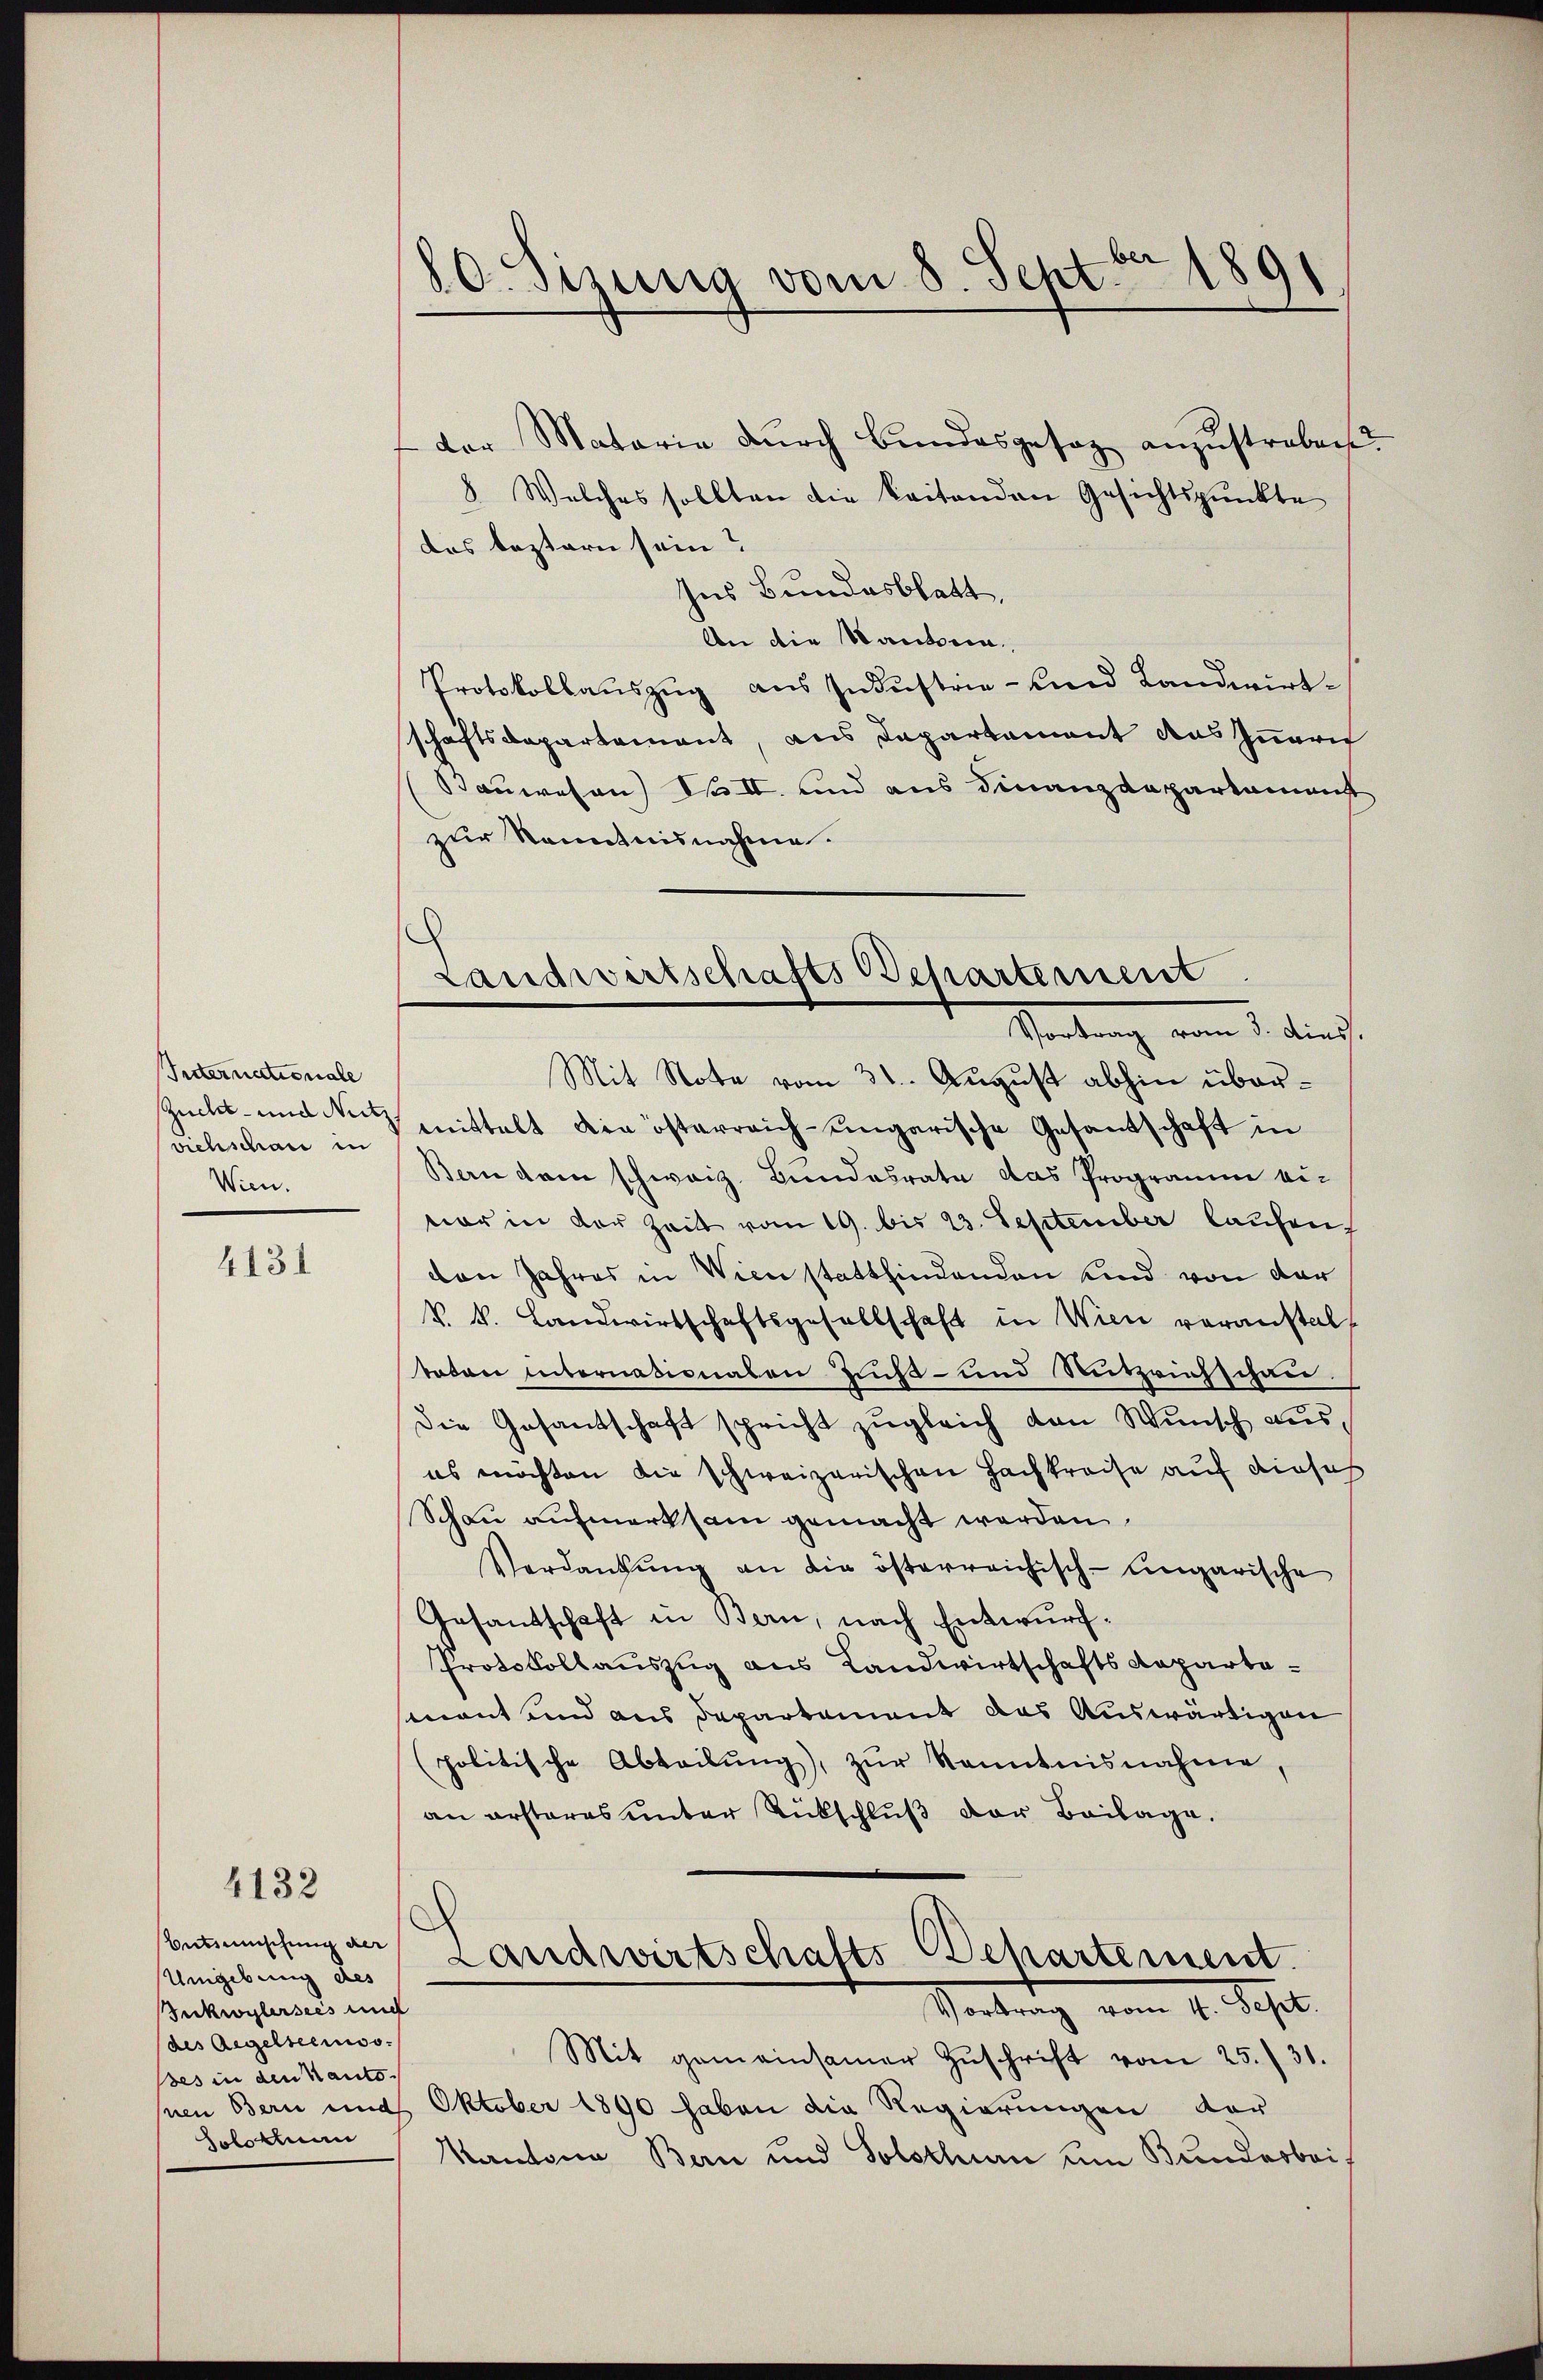
Suternationale
viehschau in
Wien.

4131

4132

Entsumschung der
Umgebung des
Sckwylersees und
des Regelseeriss.
es in den Kanto
Solothurn

80. Sisung vom 8. Seht der 1891

der Mataria durch Bundesgesag anzustrebens
8 Welches sollten die keitenden Gesichtspunkte
das leztern sein?
Ins Bundesblatt,
An die Stauben,
Protokollauszug aus Industrie- und Landwirtschaftsdepartement, aus Dapartement das Innerich
Bauwesen) No II. und aus Finanzdepartament
zur Kenntnisnahme.
Scheidung vom 1. die
Mit Note vom 31. August abhin über¬
Zucht- und de mittelt die österreich-ungarische Gesantschaft in
Bern dem schweiz. Bundesrate das Programme eivor in der Zeit vom 19. bis 23. September laufen,
den Jahres in Wien stattfindenden und von der
k. k. Landwirtschaftsgesellschaft in Wien voranstal
todon Internationalen Zucht- und Nutzrichschau
Die Gesandschaft spricht zugleich den Wunsch auses möchten die schweizerischen Fachkreise auf dieses
Schau aufmerksam gemacht werden.
Verdankŭng an die österreichisch-ungarische
Arsantschaft in Bern, nach Entwurf.
Protokollauszug aus Landwirtschafts Repartesmont und aus Departement das Auswärtigen
politische Abteilŭng, zŭr Kenntnisnahme,
an ersteres unter Rückschluß der Beilage.
Landwirtschafts-Departement.
Vortrag vom 4. Sept.
Mit gemeinsamer Zŭschrift vom 25. 31.
nen Bern und Oktober 1890 haben die Regierungen der
Kantona Bern und Solothurn um Bundesbei¬

S
Landwirtschafts Besartement

.